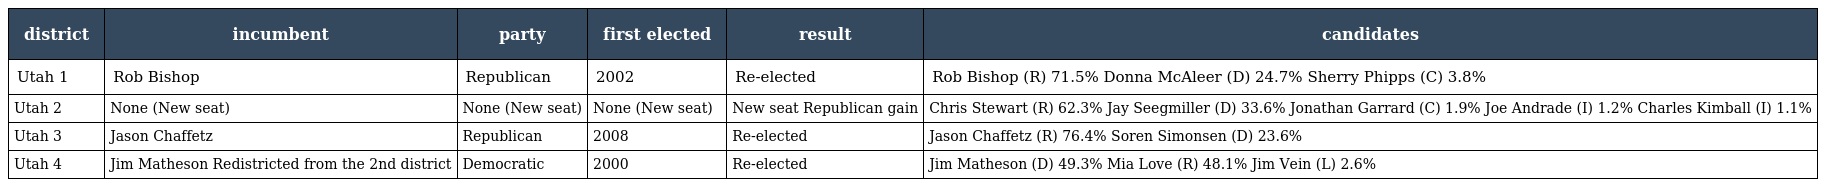
| district | incumbent | party | first elected | result | candidates |
 | --- | --- | --- | --- | --- | --- |
 | Utah 1 | Rob Bishop | Republican | 2002 | Re-elected | Rob Bishop (R) 71.5% Donna McAleer (D) 24.7% Sherry Phipps (C) 3.8% |
 | Utah 2 | None (New seat) | None (New seat) | None (New seat) | New seat Republican gain | Chris Stewart (R) 62.3% Jay Seegmiller (D) 33.6% Jonathan Garrard (C) 1.9% Joe Andrade (I) 1.2% Charles Kimball (I) 1.1% |
 | Utah 3 | Jason Chaffetz | Republican | 2008 | Re-elected | Jason Chaffetz (R) 76.4% Soren Simonsen (D) 23.6% |
 | Utah 4 | Jim Matheson Redistricted from the 2nd district | Democratic | 2000 | Re-elected | Jim Matheson (D) 49.3% Mia Love (R) 48.1% Jim Vein (L) 2.6% |